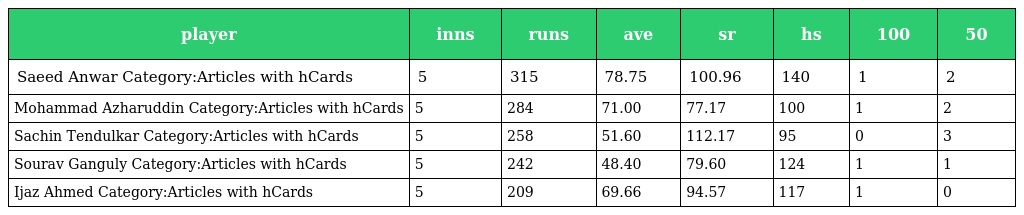
| player | inns | runs | ave | sr | hs | 100 | 50 |
 | --- | --- | --- | --- | --- | --- | --- | --- |
 | Saeed Anwar Category:Articles with hCards | 5 | 315 | 78.75 | 100.96 | 140 | 1 | 2 |
 | Mohammad Azharuddin Category:Articles with hCards | 5 | 284 | 71.00 | 77.17 | 100 | 1 | 2 |
 | Sachin Tendulkar Category:Articles with hCards | 5 | 258 | 51.60 | 112.17 | 95 | 0 | 3 |
 | Sourav Ganguly Category:Articles with hCards | 5 | 242 | 48.40 | 79.60 | 124 | 1 | 1 |
 | Ijaz Ahmed Category:Articles with hCards | 5 | 209 | 69.66 | 94.57 | 117 | 1 | 0 |